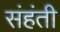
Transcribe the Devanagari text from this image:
संहंती